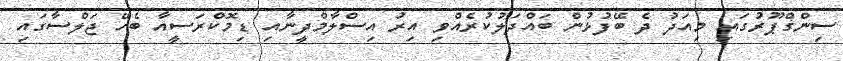
ސިންގްޕޫރުގައި މިއަދު ދެ ބޭފުޅުން ބައްދަލުކުރެއްވި އިރު އިސްލާމްދީނާއި ޑިމޮކްރަސީއާ ބެހޭ ޖަލްސާގައި